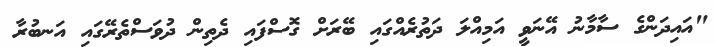
"އައިދަންގެ ސާމާނު އޭނަވީ އަމިއްލަ ދަތުރެއްގައި ބޭރަށް ގޮސްފައި ދެތިން ދުވަސްތެރޭގައި އަނބުރާ